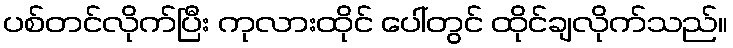
ပစ်တင်လိုက်ပြီး ကုလားထိုင် ပေါ်တွင် ထိုင်ချလိုက်သည်။